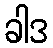
ခါဒ